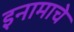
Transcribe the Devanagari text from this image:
इनामाचे